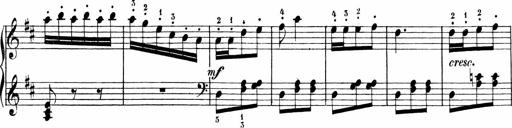
Title: Sonatinen Op.47, 98 und 136, nebst 6 Liedersonatinen
Composer: Carl Reinecke